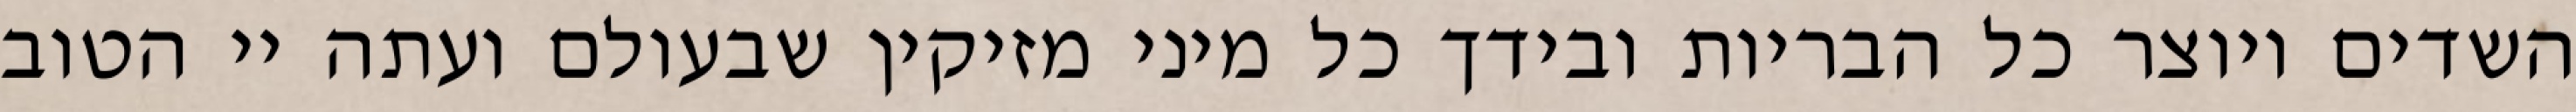
השדים ויוצר כל הבריות ובידך כל מיני מזיקין שבעולם ועתה יי הטוב